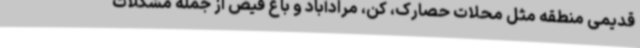
قدیمی منطقه مثل محلات حصارک، کن، مرادآباد و باغ فیض از جمله مشکلات